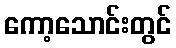
ကော့သောင်းတွင်